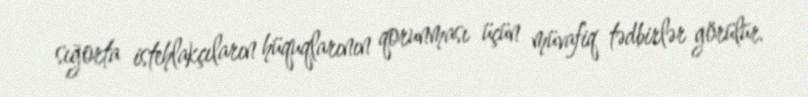
sığorta istehlakçıların hüquqlarının qorunması üçün müvafiq tədbirlər görülür.